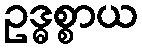
ဥဒ္ဓစ္စာယ